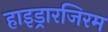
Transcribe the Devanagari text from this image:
हाइड्रारजिरम